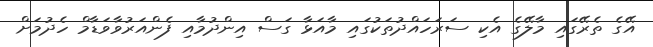
އޭގެ ތެރޭގައި މާލޭގެ އެކި ސަރަހައްދުތަކުގައި މާއަޅާ ގަސް އިންދުމާއި ފެންއަރުވާވަޑާމް ހެދުމަށް